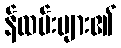
န်ထမ်းများ၏